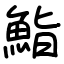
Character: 鮨